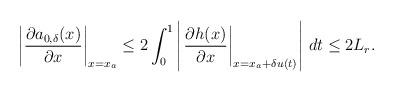
LaTeX: \begin{align*}\left|\dfrac{\partial a_{0,\delta}(x)}{\partial x}\right|_{x = x_a}\le 2 \int_0^1 \left|\left.\dfrac{\partial h(x)}{\partial x} \right|_{x = x_a+\delta u(t)} \right|\, dt \le 2 L_r. \end{align*}